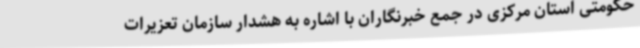
حکومتی استان مرکزی در جمع خبرنگاران با اشاره به هشدار سازمان تعزیرات